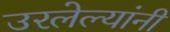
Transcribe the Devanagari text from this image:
उरलेल्यांनी